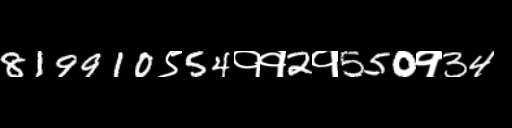
Text: 819910९54११2१550१34